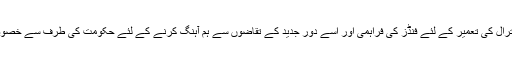
سپیشل ایجوکیشن کمپلیکس چترال کی تعمیر کے لئے فنڈز کی فراہمی اور اسے دور جدید کے تقاضوں سے ہم آہنگ کرنے کے لئے حکومت کی طرف سے خصوصی توجہ کی ضرورت ہے۔